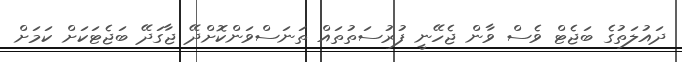
ދައުލަތުގެ ބަޖެޓް ވެސް ވާން ޖެހޭނީ ފުރުސަތުތައް ތަނަސްވަންކޮށްދޭ ޖާގަދޭ ބަޖެޓަކަށް ކަމަށް